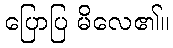
ပြောပြ မိလေ၏။